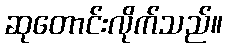
ဆုတောင်းလိုက်သည်။